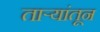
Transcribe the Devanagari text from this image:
ताऱ्यांतून